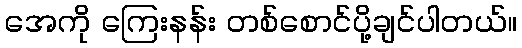
အေကို ကြေးနန်း တစ်စောင်ပို့ချင်ပါတယ်။